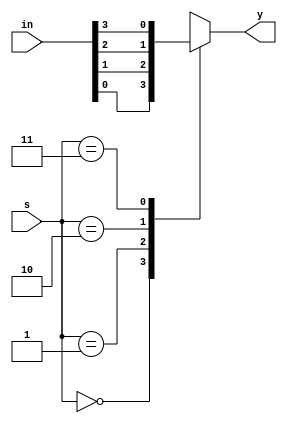
`timescale 1ns / 1ps

module mux_4x1(
    input [3:0] in,
    input [1:0] s,
    output reg y
    );
    always@(*)
    case(s)
    2'b00: y<=in[0];
    2'b01: y<=in[1];
    2'b10: y<=in[2];
    2'b11: y<=in[3];
    default: y<= 0;
    endcase
endmodule